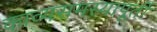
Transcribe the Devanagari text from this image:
काव्यसमस्यापूर्ती